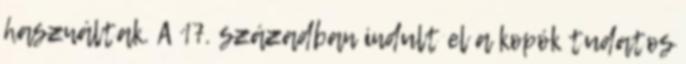
használtak. A 17. században indult el a kopók tudatos